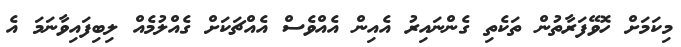
މިކަމަށް ހޮވޭފަރާތުން ތަކެތި ގެންނައިރު އެއިން އެއްވެސް އެއްޗަކަށް ގެއްލުމެއް ލިބިފައިވާނަމަ އެ